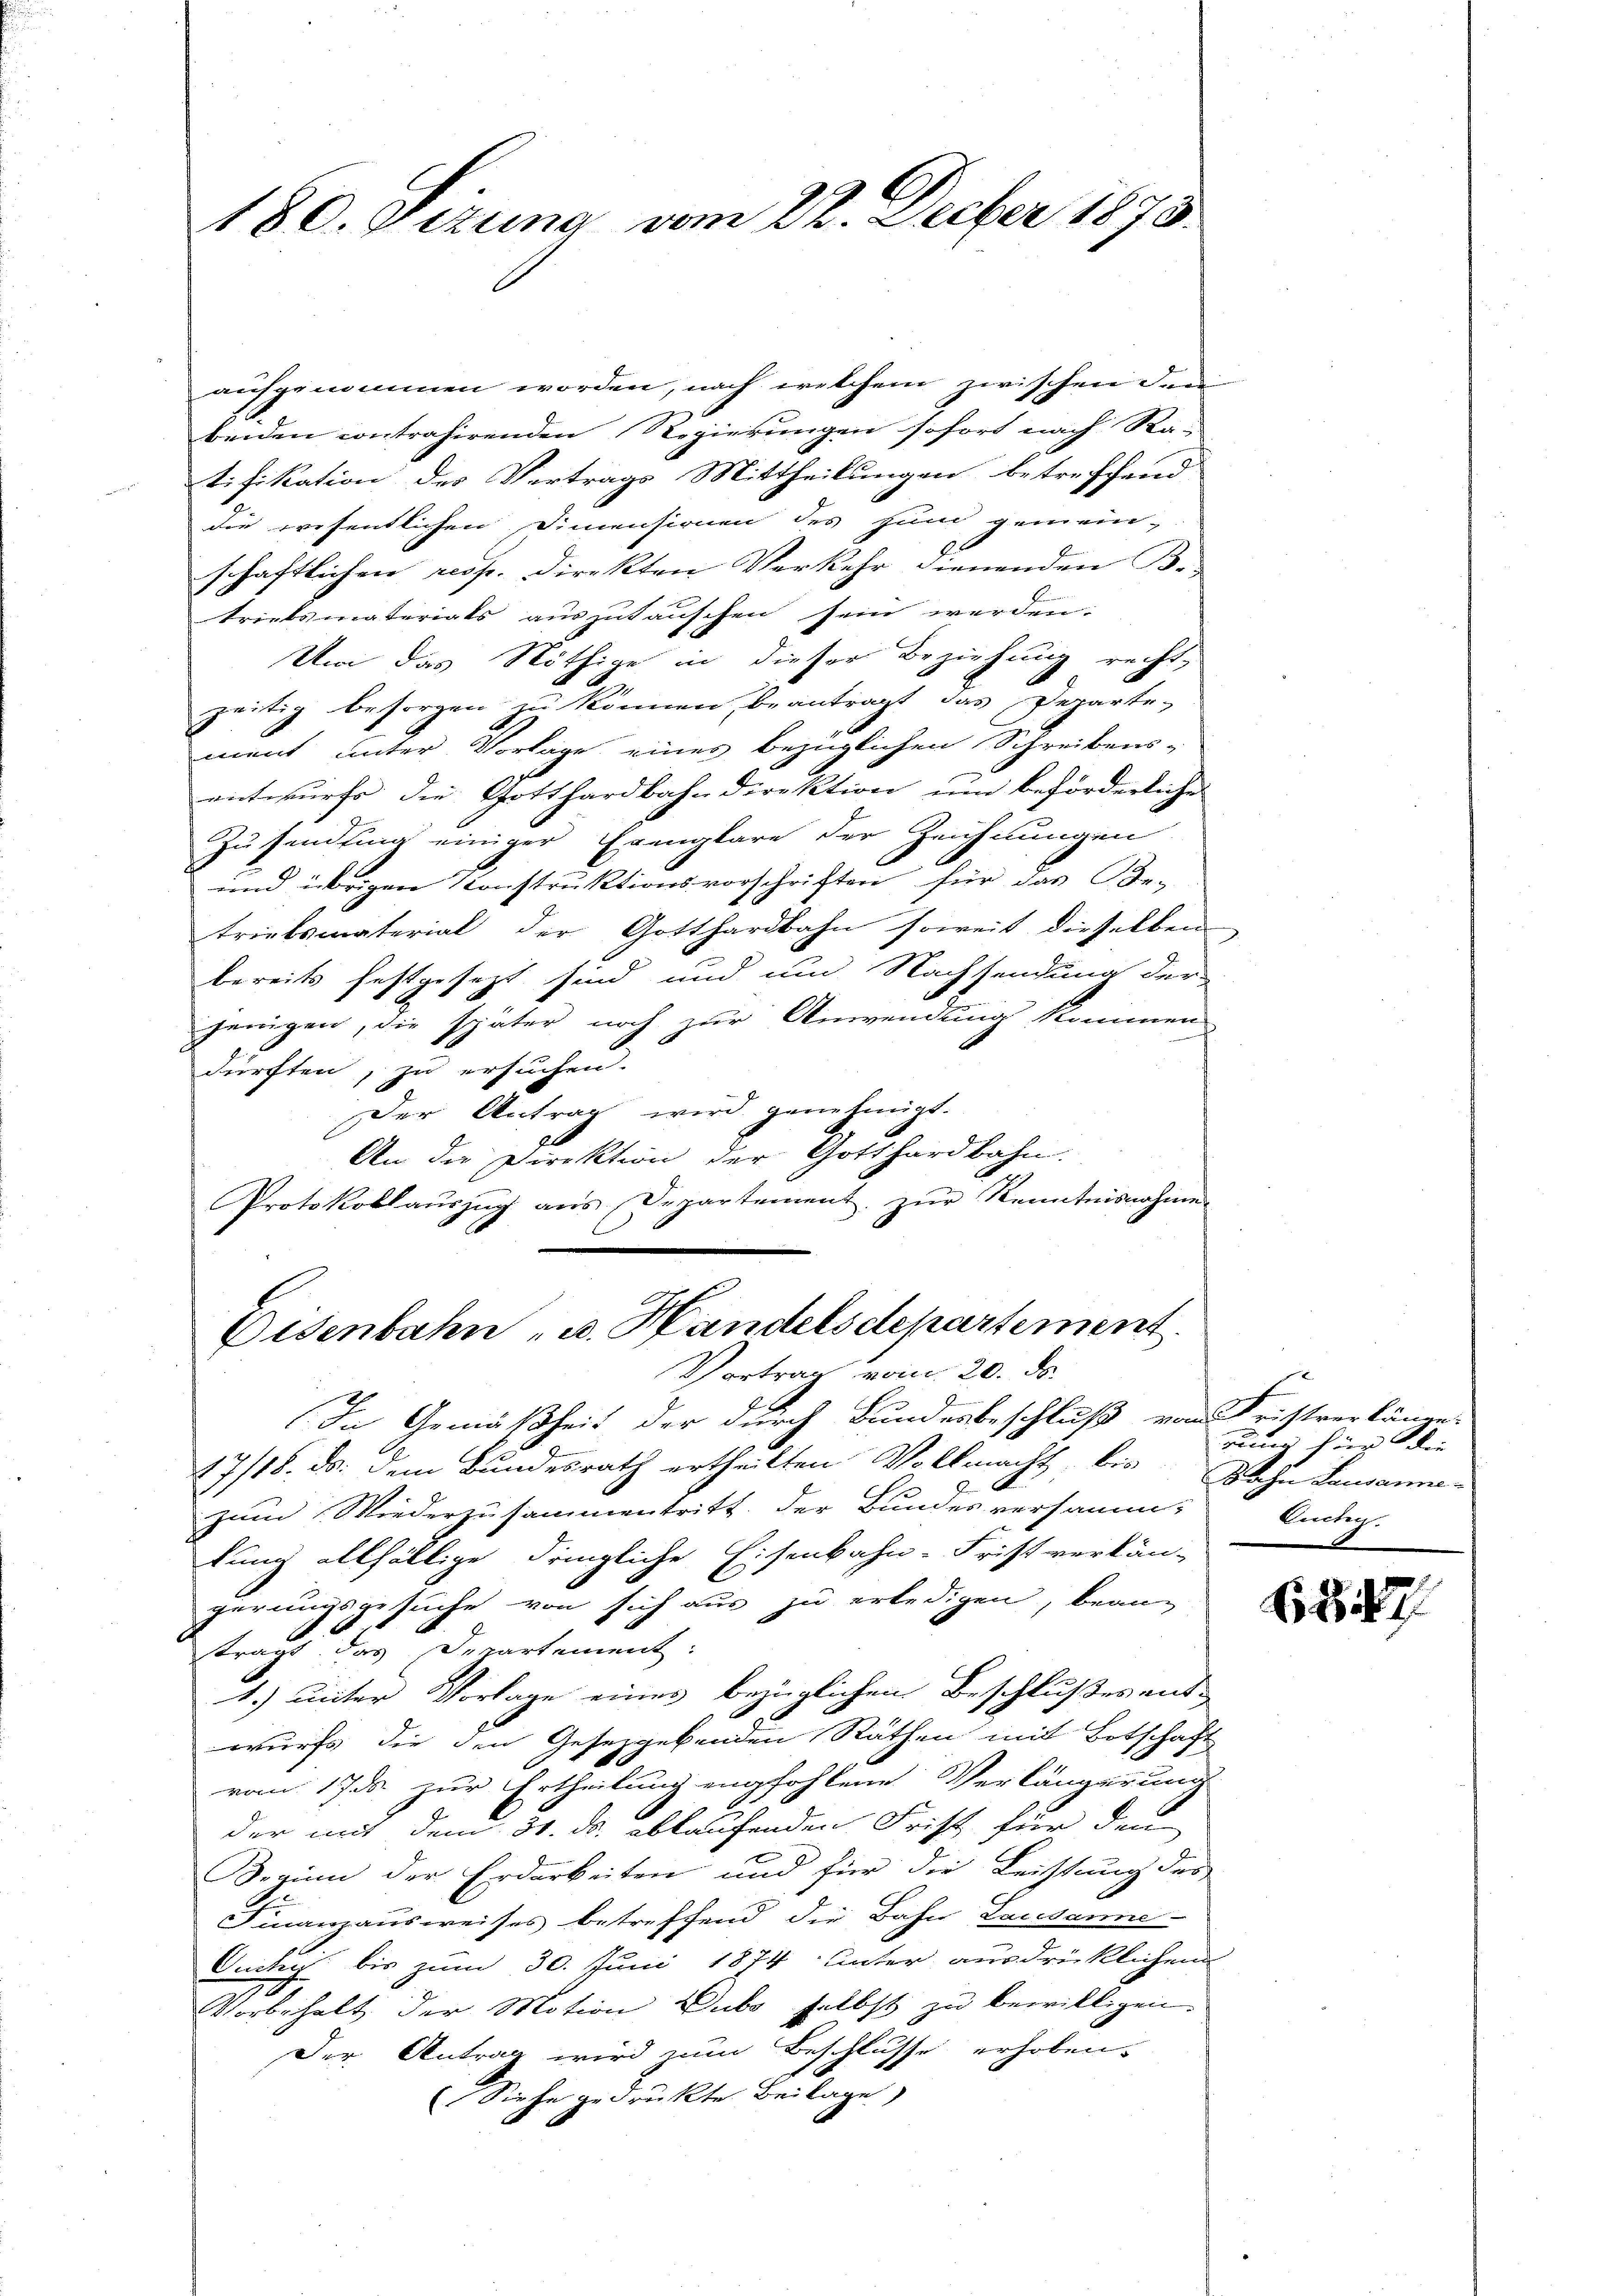
180. Sizung vom 22. Decber 1875

aufgenommen worden, nach welchem zwischen den
beiden contrahirenden Regierungen sofort nach Ra-
tifikation des Vertrags Mittheilungen betreffend
die wesentlichen Dimensionen des Hund gemein-
schaftlichen resp. direkten Verkehr dienenden B.
triebsmaterials auszutauschen sein werden.
Um das Nöthige in dieser Beziehung recht-
zeitig besorgen zu können, beantragt das Departe-
ment unter Vorlage eines bezüglichen Schreibens-
entwurfe die Gotthardbahndirektion um beförderliche
Zusendung einiger Exemplare der Zeichnungen
und übrigen Konstruktionsvorschriften für das Be-
triebsmaterial der Gotthardbahn soweit dieselben
bereits festgesezt sind und um Nachsendung der
jenigen, die später noch zur Anwendung kommen
dürften, zu ersuchen.
Der Antrag wird genehmigt.
An die Direktion der Gotthardbahn.
Protokollaŭszŭg ans Departement zŭr Kenntnisnahme
.

Eisenbahn u. Handelsdepartement.
Vortrag vom 20. de
In Gemäßheit der durch Bundesbeschluß von Fristverlänge

17/18. ds. dem Bundesrath ertheilten Vollmacht, bis Sohn Landanner
zum Wiederzusammentritt der Bundesversammt Antig.
lung allfältige dringliche Eisenbahn-Frist verkän-
gerungsgesuche von sich aus zu erledigen, bean-
tragt des Departement.
1.) unter Vorlage eines bezüglichem Beschlußes entwurfs die den Gesetzgebenden Räthen mit Botschaft
vom 17. zur Ertheilung empfohlene Verlängerung
der mit dem 31. ds. ablaufenden Frist für den
Beginn der Erdarbeiten und für die Leistung des
Finanzausweises betreffend die Bahn Lausanne
Ouchy bis zum 30. Juni 1874 unter ausdrücklichen
Vorbehalt der Motion Dubo selbst zu bewilligen.
Der Antrag wird zum Beschlusse erhoben.
(Siehe gedruckte Beilage

run für die

6847